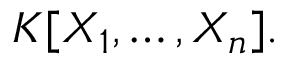
K [ X _ { 1 } , \dots , X _ { n } ] .